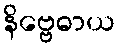
နိဗ္ဗေဓာယ